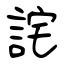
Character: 詫